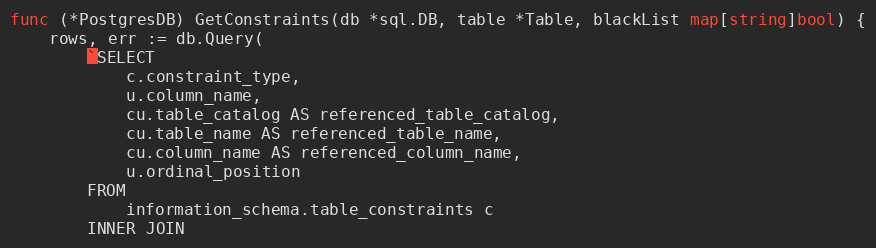
Language: Go
func (*PostgresDB) GetConstraints(db *sql.DB, table *Table, blackList map[string]bool) {
	rows, err := db.Query(
		`SELECT
			c.constraint_type,
			u.column_name,
			cu.table_catalog AS referenced_table_catalog,
			cu.table_name AS referenced_table_name,
			cu.column_name AS referenced_column_name,
			u.ordinal_position
		FROM
			information_schema.table_constraints c
		INNER JOIN